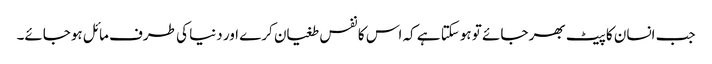
جب انسان کا پیٹ بھر جائے تو ہوسکتا ہے کہ اس کا نفس طغیان کرے اور دنیا کی طرف مائل ہوجائے۔